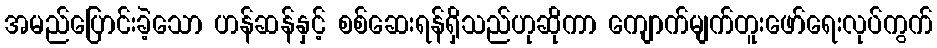
အမည်ပြောင်းခဲ့သော ဟန်ဆန်နှင့် စစ်ဆေးရန်ရှိသည်ဟုဆိုကာ ကျောက်မျက်တူးဖော်ရေးလုပ်ကွက်